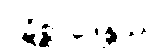
ပဋိစ္ဆာဒေန္တဿ